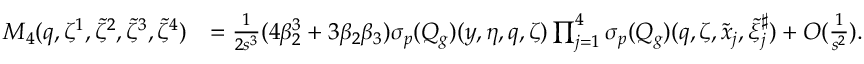
\begin{array} { r l } { M _ { 4 } ( q , { \zeta ^ { 1 } } , { \tilde { \zeta } ^ { 2 } } , { \tilde { \zeta } ^ { 3 } } , { \tilde { \zeta } ^ { 4 } } ) } & { = \frac { 1 } { 2 s ^ { 3 } } ( 4 \beta _ { 2 } ^ { 3 } + 3 \beta _ { 2 } \beta _ { 3 } ) { { \sigma _ { p } } } ( Q _ { g } ) ( y , \eta , q , \zeta ) \prod _ { j = 1 } ^ { 4 } { { \sigma _ { p } } } ( Q _ { g } ) ( q , \zeta , \tilde { x } _ { j } , \tilde { \xi } _ { j } ^ { \sharp } ) + O ( \frac { 1 } { s ^ { 2 } } ) . } \end{array}